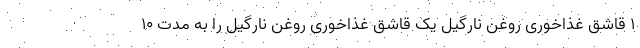
1 قاشق غذاخوری روغن نارگیل یک قاشق غذاخوری روغن نارگیل را به مدت 10